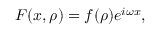
F ( x , \rho ) = f ( \rho ) e ^ { i \omega x } ,